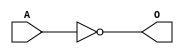
module MACINVA(A, O);
input   A;
output  O;
not g0(O, A);
endmodule